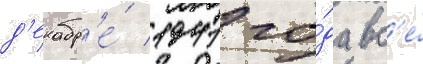
д'екабр'е́ 1941 го́да вс'е́